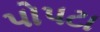
પોપટા